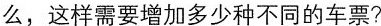
么，这样需要增加多少种不同的车票?